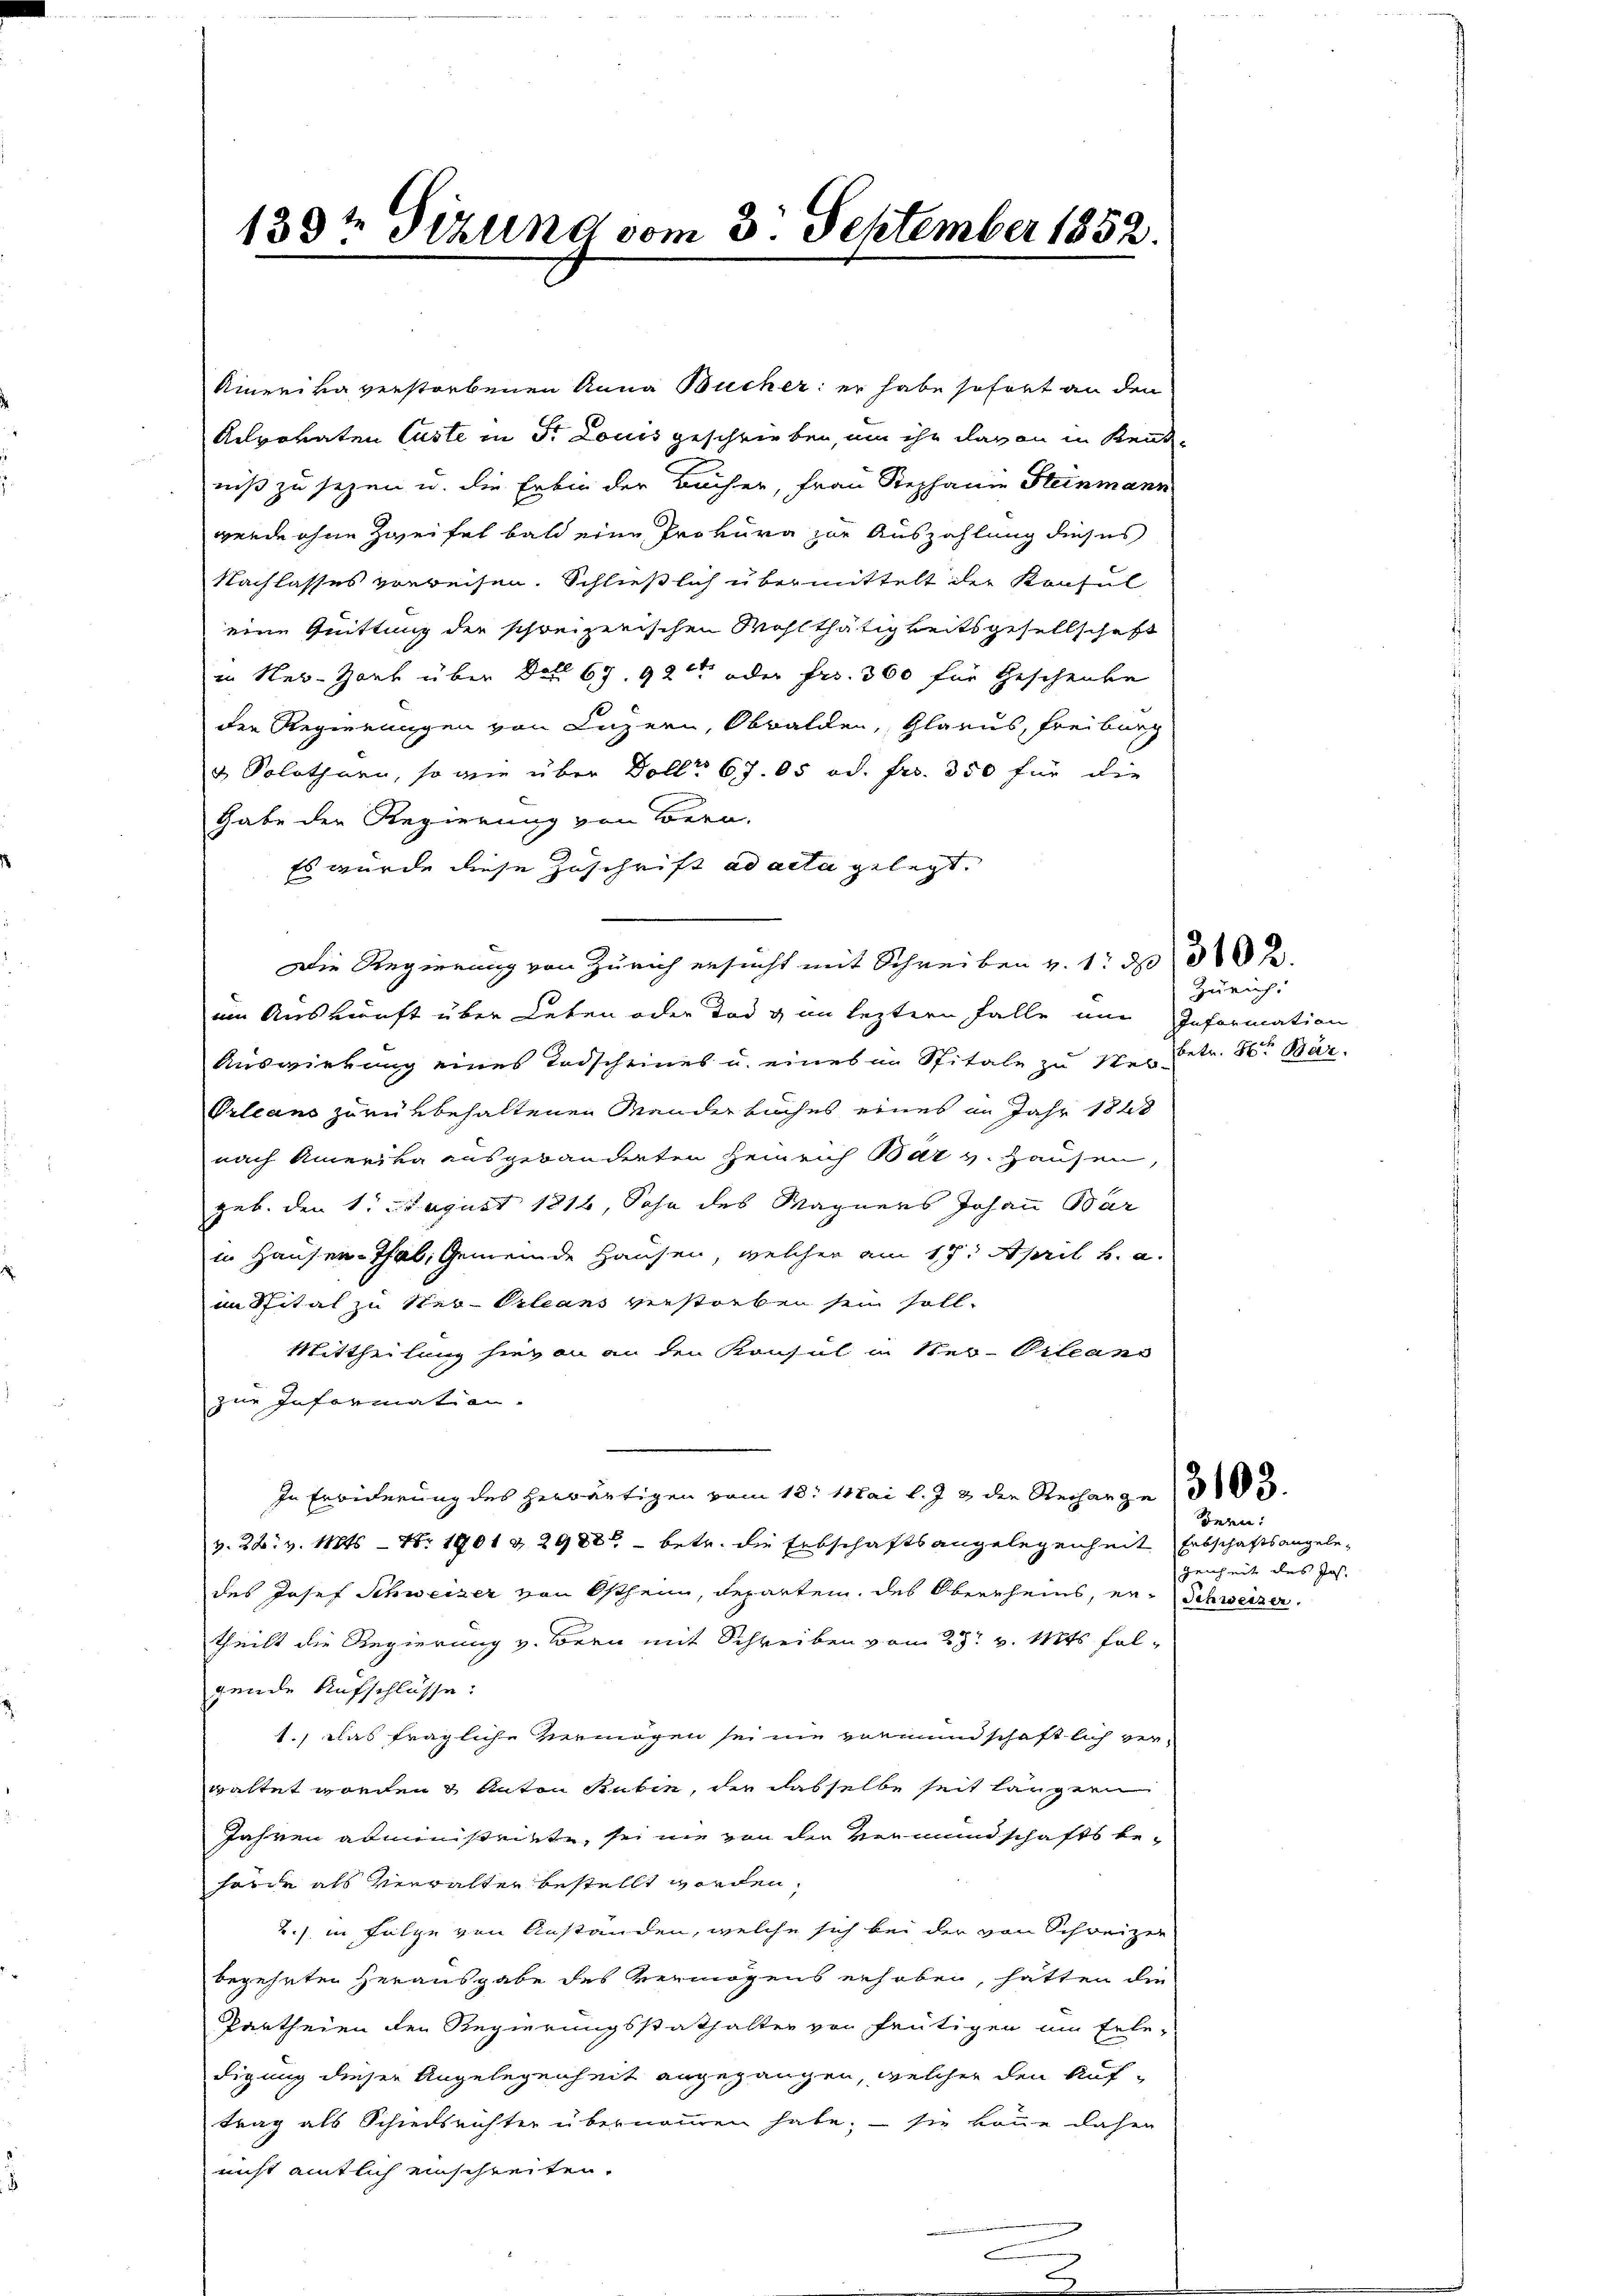
133te Sizung vom 3. September 1852.

Amerika verstorbenen Anna Bucher: er habe sofort an den
Aelporaten Caste in Sr. Louis geschrieben, um ihr davon in Kenntniß zu sezen u. die Erbin der Bächer, Frau Stephanie Steinmann
werde ohne Zweifel bald eine Prokura zur Auszahlung dieses
Nachlasses verreisen. Schließlich übermittelt der Konsul
eine Quittung der schreizerischen Wohlthätigkeitsgesellschaft
in Ner-Zort über Detl 67. 92tt oder Fr. 300 für Geschenke
der Regierungen von Luzern, Obwalden, Glarus, Freiburg
& Solothurn, so wie über Dollr 67. 05 od. fr. 350 für die
habe der Regierung von Bern,
Es wurde diese Zuschrift ad acta gelegt.
Die Regierung von Zürich ersucht mit Schreiben v. 1. d.
an Auskunft über Leben oder Tod von leztern Falle am Information
Auswirkung eines Todscheines u. eines im Spitale zu Wer betr. 30t Bär
Prleans zurükbehaltenen Manderbuches eines im Jahr 1828
nach Amerika ausgebänderten Heinrich Bar v. Hausen,
geb. den 1. August 1816, Sohn des Wagners Johann Bar
in Hausen-Thal, Gemeinde Hausen, welcher am 19. April v. a.
im Spital zu Neu-Orleans verstreben sein soll.
Mittheilung hievon an den Konsul in Ster-Orleans
zur Information.
In Erwiderung des herwärtigen vom 18. Mai l. J. 2 der Recharge 305.
v. 24. v. Mts. — Nr 1901 & 2988 betr. die Erbschaftsangelegenheit Erbschaftsangele-
des Josef Schweizer von Ostheim, Departem, des Oberrheins, er Schweizer,
theilt die Regierung v. Bern mit Schreiben vom 28t v. Mts. folgende Aufschlüsse:
1.) Das fragliche Vermögen sei nie vormundschaftlich ver-
waltet worden Anton Rubin, der dasselbe seit längern
Jahren administriete, sei nie von den Vermundschafts behörde als Verwalter bestellt worden,
2.) in Folge von Anstanden, welche sich bei der von Schweizer
begehrten herausgabe des Vermögens erhoben, hätten die
Partheien der Regierungsstathalter von heutigen um Erle-
digung dieser Angelegenheit angegangen, welcher den Auftrag als Schiedsrichter übernommen habe; – sie könne daher
nicht amtlich einschreiten.

Zürich.

dern:
genheit des Jos.